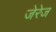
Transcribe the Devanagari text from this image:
जेरेज